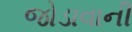
જોડાવાની